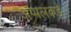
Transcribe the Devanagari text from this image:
ॲप्पलकडे